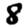
Digit: 8